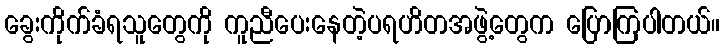
ခွေးကိုက်ခံရသူတွေကို ကူညီပေးနေတဲ့ပရဟိတအဖွဲ့တွေက ပြောကြပါတယ်။